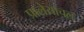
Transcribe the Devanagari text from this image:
प्रालेयाचल